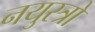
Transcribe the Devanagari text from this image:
नयुस्त्रो